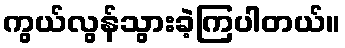
ကွယ်လွန်သွားခဲ့ကြပါတယ်။